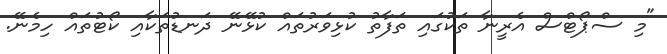
"މި ސްޕޯޓްސް އެރީނާ ތަކުގައި ތަފާތު ކުޅިވަރުތައް ކުޅޭނޭ ދަނޑުތަކާއި ކޯޓުތައް ހިމެނޭ.